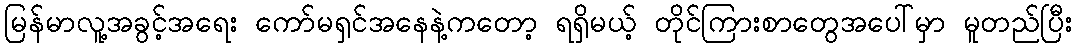
မြန်မာလူ့အခွင့်အရေး ကော်မရှင်အနေနဲ့ကတော့ ရရှိမယ့် တိုင်ကြားစာတွေအပေါ်မှာ မူတည်ပြီး